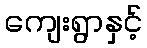
ကျေးရွာနှင့်